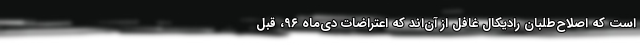
است که اصلاح‌طلبان رادیکال غافل از آن‌اند که اعتراضات دی‌ماه ۹۶، قبل